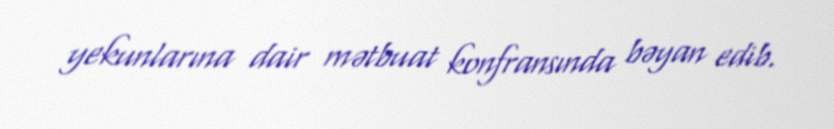
yekunlarına dair mətbuat konfransında bəyan edib.